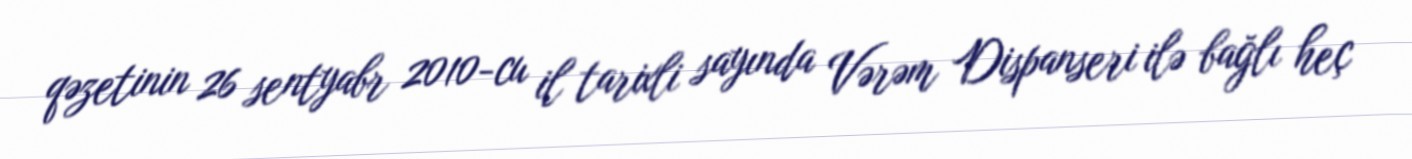
qəzetinin 26 sentyabr 2010-cu il tarixli sayında Vərəm Dispanseri ilə bağlı heç